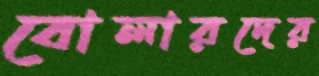
বোলারদের